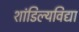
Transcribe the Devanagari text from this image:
शांडिल्यविद्या